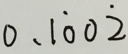
0 . 1 \dot { 0 } 0 \dot { 2 }